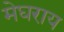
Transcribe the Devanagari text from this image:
मेघराय